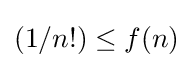
(1/n!)\leq f(n)